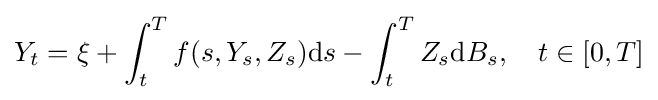
Y_{t}=\xi +\int _{t}^{T}f(s,Y_{s},Z_{s})\mathrm {d} s-\int _{t}^{T}Z_{s}\mathrm {d} B_{s},\quad t\in [0,T]